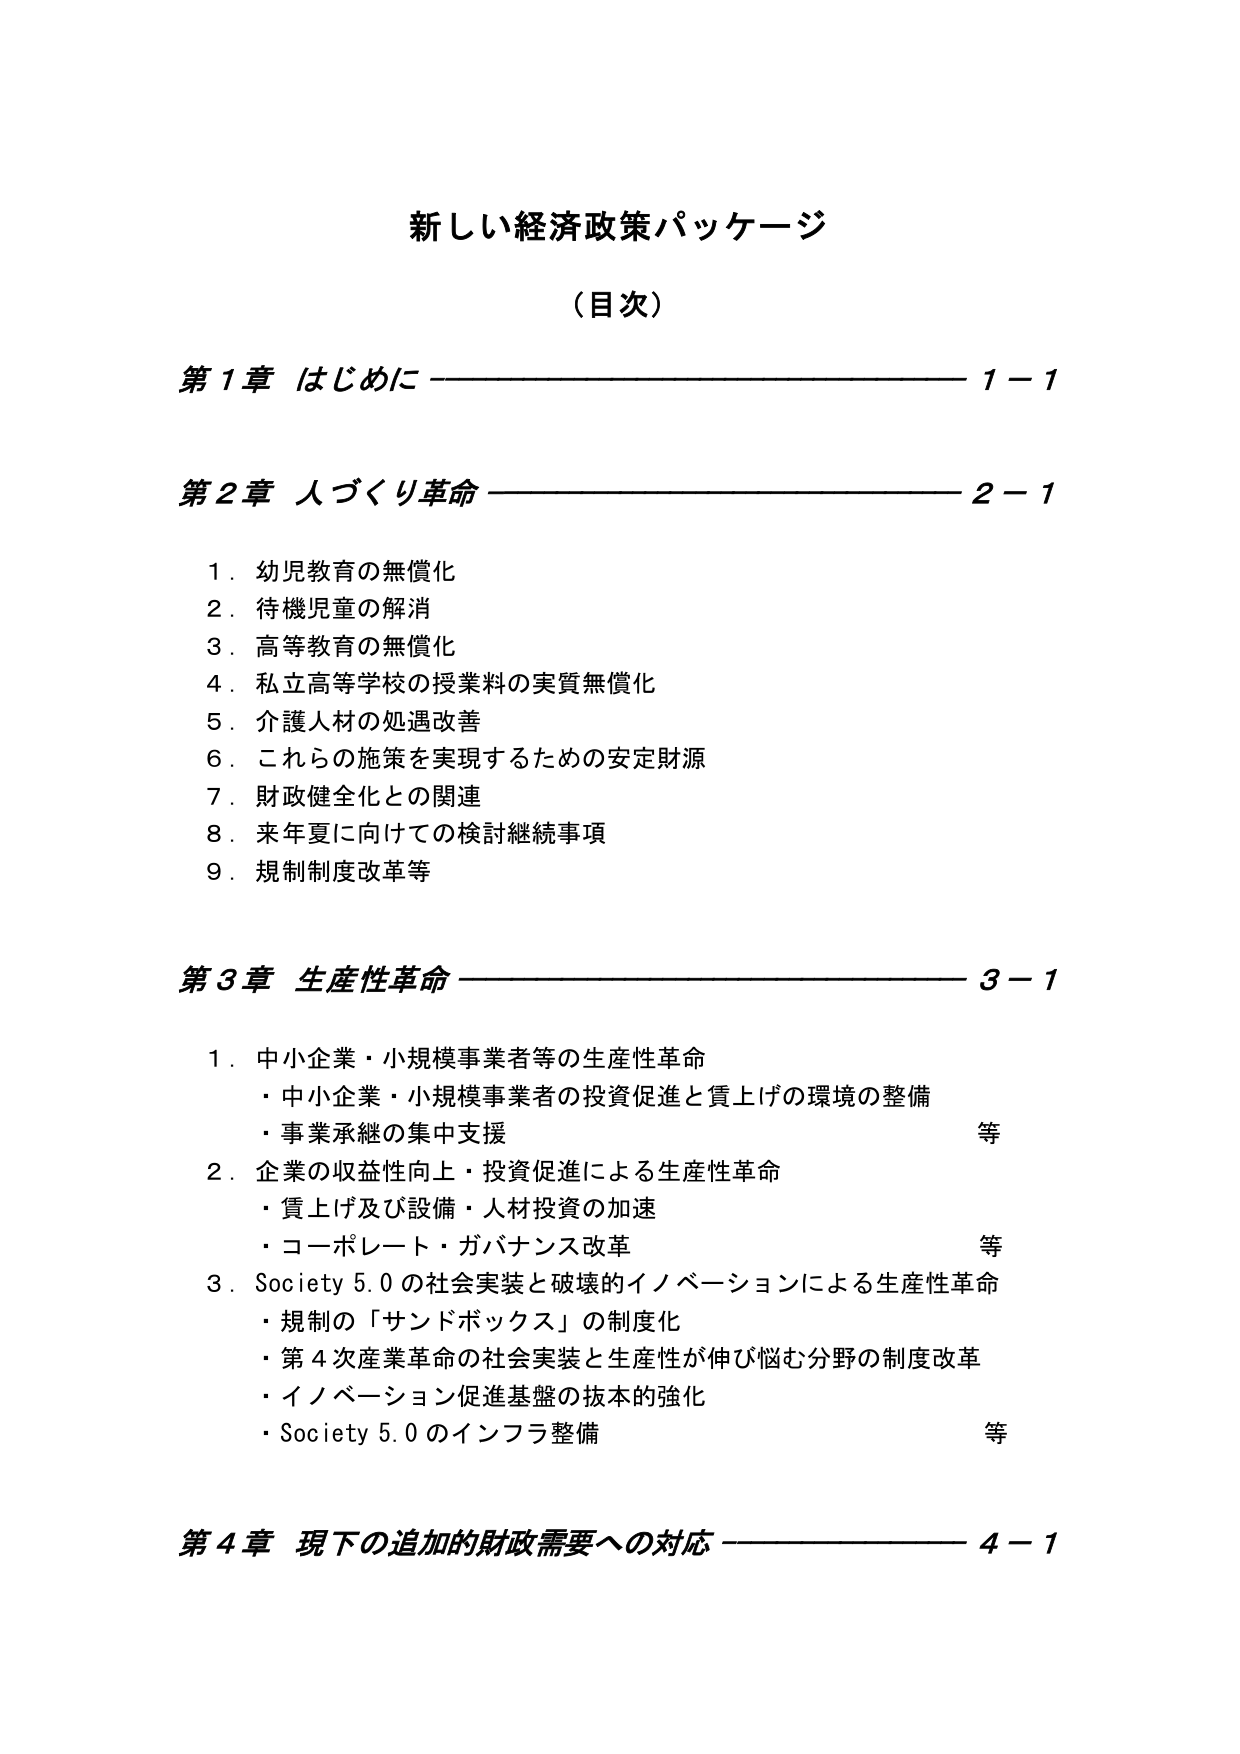
新しい経済政策パッケージ
（目次）

第1章 はじめに ———————————————— 1－1

第2章 人づくり革命 ———————————————— 2－1
　1．幼児教育の無償化
　2．待機児童の解消
　3．高等教育の無償化
　4．私立高等学校の授業料の実質無償化
　5．介護人材の処遇改善
　6．これらの施策を実現するための安定財源
　7．財政健全化との関連
　8．来年夏に向けての検討継続事項
　9．規制制度改革等

第3章 生産性革命 ———————————————— 3－1
　1．中小企業・小規模事業者等の生産性革命
　　・中小企業・小規模事業者の投資促進と質上げの環境の整備
　　・事業承継の集中支援　　　　　　　　　　　　　　　　　等
　2．企業の収益性向上・投資促進による生産性革命
　　・質上げ及び設備・人材投資の加速
　　・コーポレート・ガバナンス改革　　　　　　　　　　　　等
　3．Society 5.0 の社会実装と破壊的イノベーションによる生産性革命
　　・規制の「サンドボックス」の制度化
　　・第4次産業革命の社会実装と生産性が伸び悩む分野の制度改革
　　・イノベーション促進基盤の抜本的強化
　　・Society 5.0 のインフラ整備　　　　　　　　　　　　　　等

第4章 現下の追加的財政需要への対応 ———————————————— 4－1